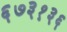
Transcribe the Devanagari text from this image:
६७३१३६